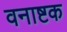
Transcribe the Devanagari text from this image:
वनाष्टक